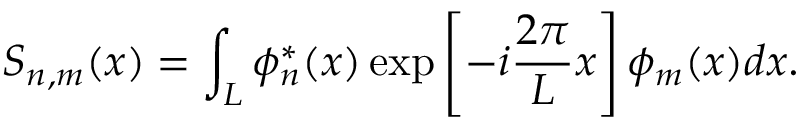
S _ { n , m } ( x ) = \int _ { L } \phi _ { n } ^ { * } ( x ) \exp \left[ - i \frac { 2 \pi } { L } x \right] \phi _ { m } ( x ) d x .